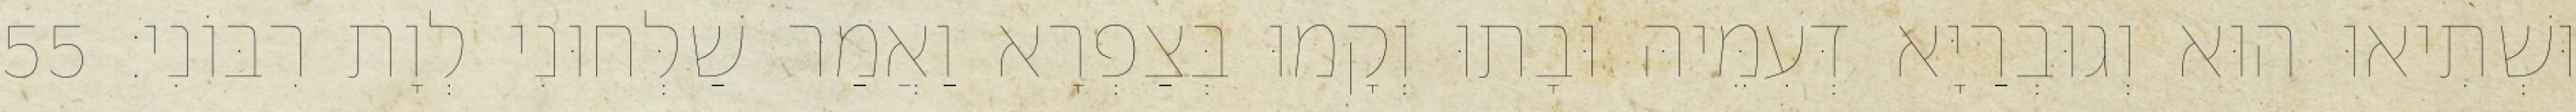
וּשְׁתִיאוּ הוּא וְגוּבְרַיָּא דְּעִמֵּיהּ וּבָתוּ וְקָמוּ בְּצַפְרָא וַאֲמַר שַׁלְּחוּנִי לְוָת רִבּוֹנִי׃ 55